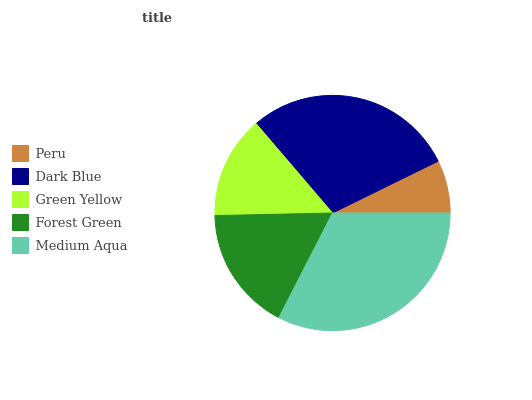
| Peru | Dark Blue | Green Yellow | Forest Green | Medium Aqua |
 | --- | --- | --- | --- | --- |
 | 7.26% | 29% | 14.1% | 17.2% | 32.5% |